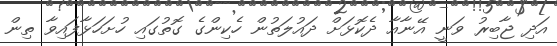
އަދި ޖާބިރު ވަނީ އޭނާއާ ދެކޮޅަށް ދައުލަތުން ހެކިންގެ ގޮތުގައި ހުށަހަޅާފައިވާ ތިން